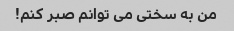
من به سختی می توانم صبر کنم!